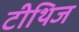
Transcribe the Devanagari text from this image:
टीथिज